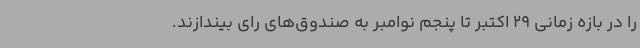
را در بازه زمانی 29 اکتبر تا پنجم نوامبر به صندوق‌های رای بیندازند.